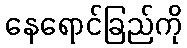
နေရောင်ခြည်ကို